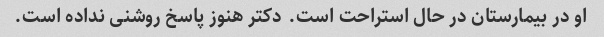
او در بیمارستان در حال استراحت است. دکتر هنوز پاسخ روشنی نداده است.